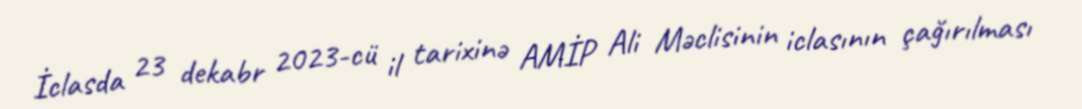
İclasda 23 dekabr 2023-cü il tarixinə AMİP Ali Məclisinin iclasının çağırılması